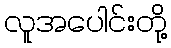
လူအပေါင်းတို့